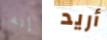
إنه أريد